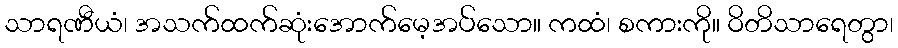
သာရဏီယံ၊ အသက်ထက်ဆုံးအောက်မေ့အပ်သော။ ကထံ၊ စကားကို။ ဝိတိသာရေတွာ၊